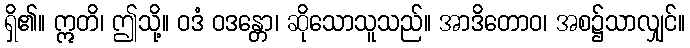
ရှိ၏။ ဣတိ၊ ဤသို့။ ဝဒံ ဝဒန္တော၊ ဆိုသောသူသည်။ အာဒိတောဝ၊ အစ၌သာလျှင်။